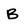
Character: B